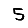
Digit: 5